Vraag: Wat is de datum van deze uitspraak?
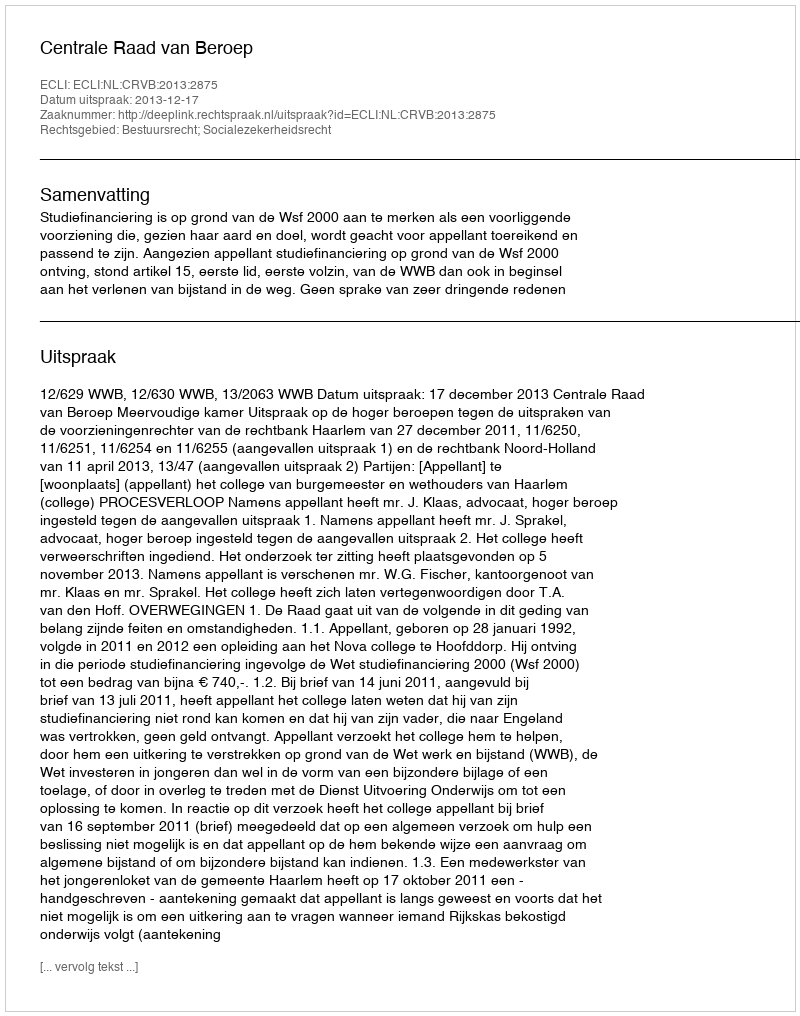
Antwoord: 2013-12-17